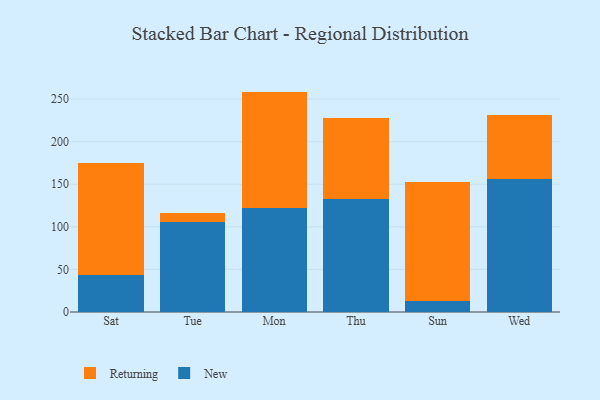
{"axis": {"x": "Day", "y": "Humidity (%)"}, "legend": ["New", "Returning"], "data": [{"x": "Sat", "y": 43.9, "type": "New"}, {"x": "Sat", "y": 130.6, "type": "Returning"}, {"x": "Tue", "y": 106.1, "type": "New"}, {"x": "Tue", "y": 10.1, "type": "Returning"}, {"x": "Mon", "y": 121.8, "type": "New"}, {"x": "Mon", "y": 137.0, "type": "Returning"}, {"x": "Thu", "y": 133.2, "type": "New"}, {"x": "Thu", "y": 94.1, "type": "Returning"}, {"x": "Sun", "y": 12.9, "type": "New"}, {"x": "Sun", "y": 140.0, "type": "Returning"}, {"x": "Wed", "y": 156.5, "type": "New"}, {"x": "Wed", "y": 75.3, "type": "Returning"}]}